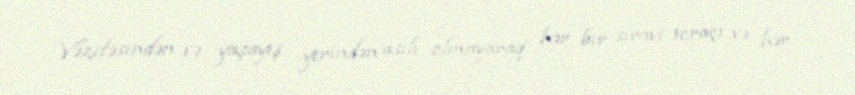
Vəzifəsindən və yaşayış yerindən asılı olmayaraq hər bir sıravi icraçı və hər